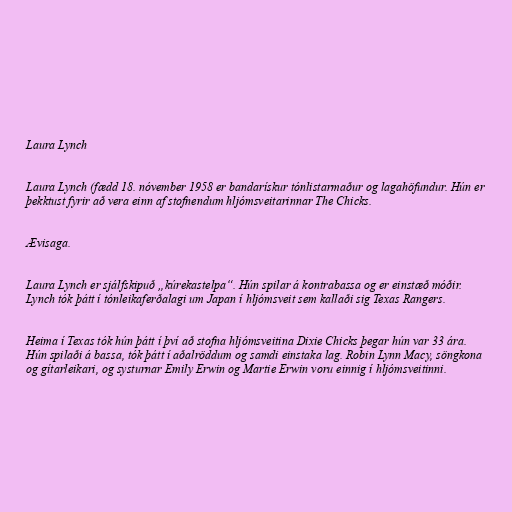
Laura Lynch

Laura Lynch (fædd 18. nóvember 1958 er bandarískur tónlistarmaður og lagahöfundur. Hún er
þekktust fyrir að vera einn af stofnendum hljómsveitarinnar The Chicks.

Ævisaga.

Laura Lynch er sjálfskipuð „kúrekastelpa“. Hún spilar á kontrabassa og er einstæð móðir.
Lynch tók þátt í tónleikaferðalagi um Japan í hljómsveit sem kallaði sig Texas Rangers.

Heima í Texas tók hún þátt í því að stofna hljómsveitina Dixie Chicks þegar hún var 33 ára.
Hún spilaði á bassa, tók þátt í aðalröddum og samdi einstaka lag. Robin Lynn Macy, söngkona
og gítarleikari, og systurnar Emily Erwin og Martie Erwin voru einnig í hljómsveitinni.